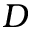
D